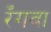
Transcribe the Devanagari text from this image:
रँगवा